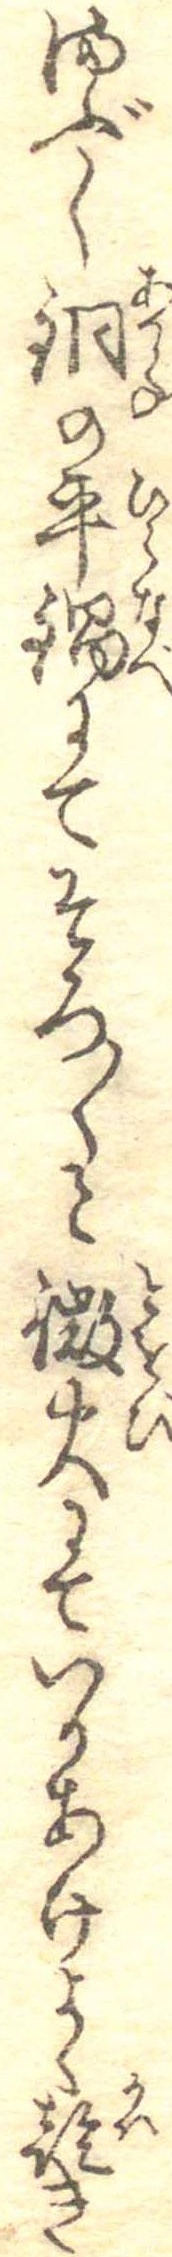
まぶし銅の平鍋にてそろ〱と微火にていりあけよく乾き